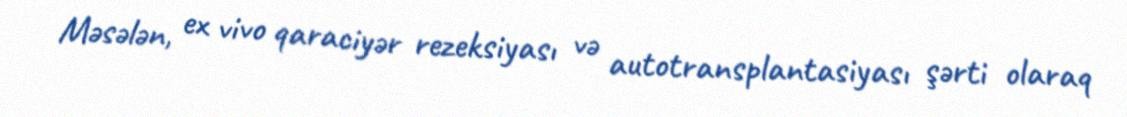
Məsələn, ex vivo qaraciyər rezeksiyası və autotransplantasiyası şərti olaraq